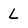
Character: L